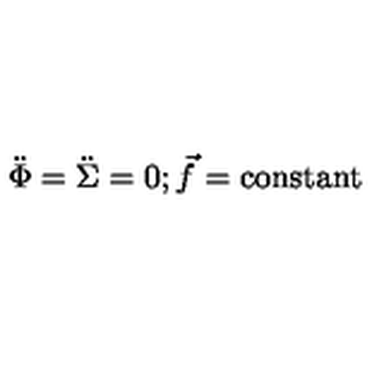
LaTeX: \ddot { \Phi } = \ddot { \Sigma } = 0 ; { \vec { f } } = \mathrm { c o n s t a n t }